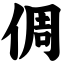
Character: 倜